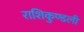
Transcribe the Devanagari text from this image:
राशिकुण्डली